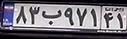
۸۳ب۹۷۱۴۱